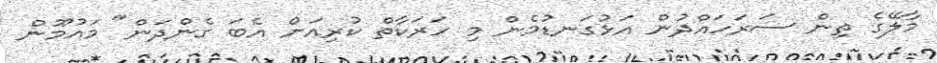
މާލޭގެ ތިން ސަރަހައްދުން އަޅުގަނޑުމެން މި ހަރަކާތް ކުރިއަށް އެބަ ގެންދަން" މައުމޫން